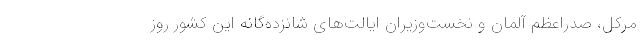
مرکل، صدراعظم آلمان و نخست‌وزیران ایالت‌های شانزده‌گانه این کشور روز